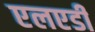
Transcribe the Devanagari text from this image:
एलएडी